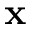
{ \bf x }